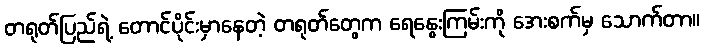
တရုတ်ပြည်ရဲ့ တောင်ပိုင်းမှာနေတဲ့ တရုတ်တွေက ရေနွေးကြမ်းကို အေးစက်မှ သောက်တာ။